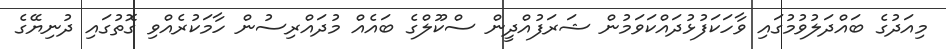
މިއަދުގެ ބައްދަލުވުމުގައި ވާހަކަފުޅުދައްކަވަމުން ޝަރަފުއްދީން ސްކޫލްގެ ބައެއް މުދައްރިސުން ހާމަކުރެއްވި ގޮތުގައި ދުނިޔޭގެ